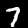
Digit: 7